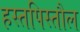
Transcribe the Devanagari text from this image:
हस्तपिस्तौल